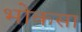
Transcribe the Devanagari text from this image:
भोकसा